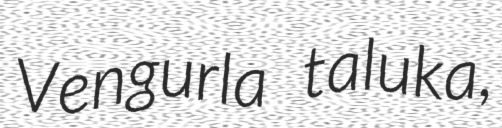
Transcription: Vengurla taluka,